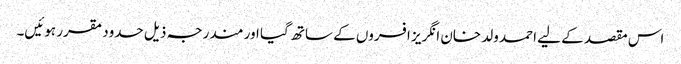
اس مقصد کے لیے احمد ولد خان انگریز افسروں کے ساتھ گیا اور مندرجہ ذیل حدود مقرر ہوئیں۔